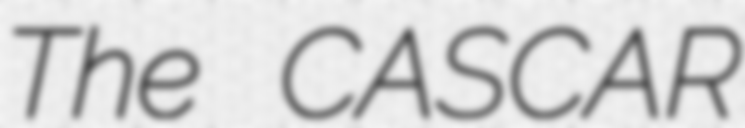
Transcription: The CASCAR